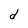
Character: S